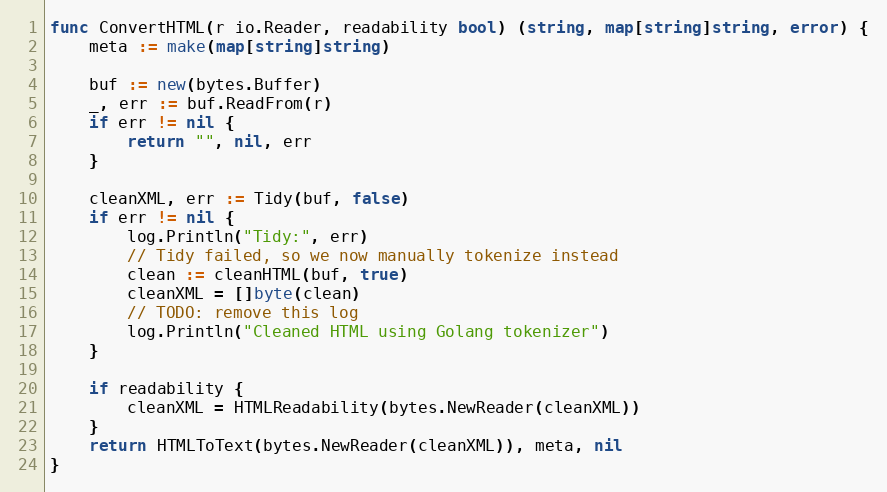
Language: Go
func ConvertHTML(r io.Reader, readability bool) (string, map[string]string, error) {
	meta := make(map[string]string)

	buf := new(bytes.Buffer)
	_, err := buf.ReadFrom(r)
	if err != nil {
		return "", nil, err
	}

	cleanXML, err := Tidy(buf, false)
	if err != nil {
		log.Println("Tidy:", err)
		// Tidy failed, so we now manually tokenize instead
		clean := cleanHTML(buf, true)
		cleanXML = []byte(clean)
		// TODO: remove this log
		log.Println("Cleaned HTML using Golang tokenizer")
	}

	if readability {
		cleanXML = HTMLReadability(bytes.NewReader(cleanXML))
	}
	return HTMLToText(bytes.NewReader(cleanXML)), meta, nil
}